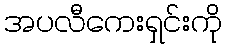
အပလီကေးရှင်းကို